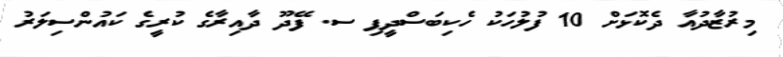
މިރުޒާދުއާ ދެކޮޅަށް 10 ފުލުހަކު ހެކިބަސްދީފި ސ. ފޭދޫ ދާއިރާގެ ކުރީގެ ކައުންސިލަރު